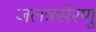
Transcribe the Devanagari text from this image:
जलत्रसेरणु